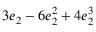
3 e _ { 2 } - 6 e _ { 2 } ^ { 2 } + 4 e _ { 2 } ^ { 3 }